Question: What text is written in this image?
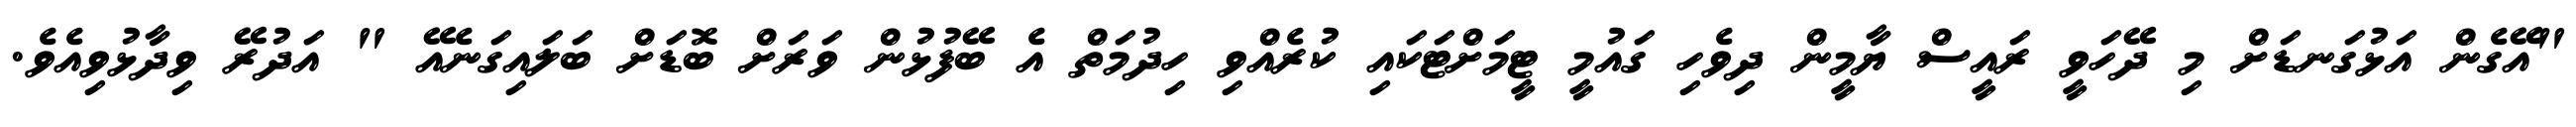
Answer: "އޭގެން އަޅުގަނޑަށް މި ދޭހަވީ ރައީސް ޔާމީން ދިވެހި ގައުމީ ޓީމަށްޓަކައި ކުރެއްވި ހިދުމަތް އެ ބޭފުޅުން ވަރަށް ބޮޑަށް ބަލައިގަނެއޭ " އަދުރޭ ވިދާޅުވިއެވެ.